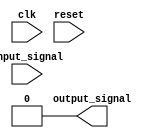
module moore_state_machine (
  input wire clk,
  input wire reset,
  input wire [1:0] input_signal,
  output reg output_signal
);

// State definitions
parameter STATE_A = 2'b00;
parameter STATE_B = 2'b01;
parameter STATE_C = 2'b10;

// State register
reg [1:0] current_state, next_state;

// Output signal default value
assign output_signal = 1'b0;

// State transition table
always @ (posedge clk or posedge reset) begin
  if (reset) begin
    current_state <= STATE_A;
  end else begin
    current_state <= next_state;
  end
end

// State machine logic
always @* begin
  case(current_state)
    STATE_A: begin
      if(input_signal == 2'b00) begin
        next_state <= STATE_A;
      end else begin
        next_state <= STATE_B;
      end
    end
    STATE_B: begin
      if(input_signal == 2'b00) begin
        next_state <= STATE_C;
      end else begin
        next_state <= STATE_B;
      end
    end
    STATE_C: begin
      if(input_signal == 2'b00) begin
        next_state <= STATE_A;
      end else begin
        next_state <= STATE_C;
      end
    end
  endcase
end

// Moore State Machine outputs
always @* begin
  case(current_state)
    STATE_A: begin
      output_signal <= 1'b0;
    end
    STATE_B: begin
      output_signal <= 1'b1;
    end
    STATE_C: begin
      output_signal <= 1'b0;
    end
  endcase
end

endmodule